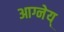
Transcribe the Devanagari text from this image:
आग्नेय्